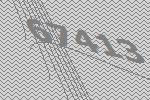
67413